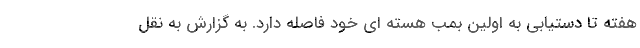
هفته تا دستیابی به اولین بمب هسته ای خود فاصله دارد. به گزارش به نقل